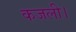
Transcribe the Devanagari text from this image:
कजली।